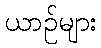
ယာဉ်များ